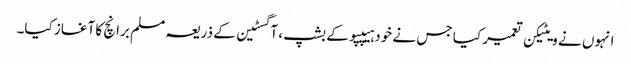
انہوں نے ویٹیکن تعمیر کیا جس نے خود ہیپپو کے بشپ ، آگسٹین کے ذریعہ مسلم برانچ کا آغاز کیا۔